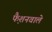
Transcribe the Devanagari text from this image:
फै़शनवाले